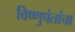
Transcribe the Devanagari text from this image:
विष्णुपंतांचा